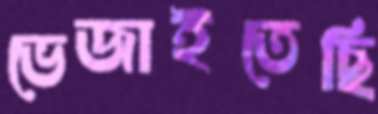
ভেজাইতেছি